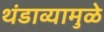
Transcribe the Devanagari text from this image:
थंडाव्यामुळे